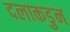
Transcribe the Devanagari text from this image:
दलाकडुन